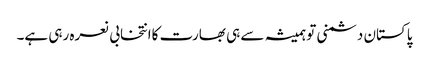
پاکستان دشمنی تو ہمیشہ سے ہی بھارت کاانتخابی نعرہ رہی ہے۔